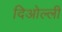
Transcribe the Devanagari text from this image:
दिओल्ली